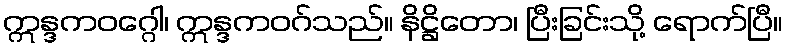
ဣန္ဒကဝဂ္ဂေါ၊ ဣန္ဒကဝဂ်သည်။ နိဋ္ဌိတော၊ ပြီးခြင်းသို့ ရောက်ပြီ။